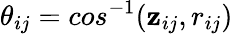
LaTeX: \theta_{ij}=cos^{-1}(\mathbf{z}_{ij},r_{ij})